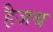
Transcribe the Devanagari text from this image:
हैजब